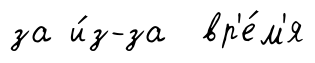
за и́з-за вр'е́м'я